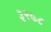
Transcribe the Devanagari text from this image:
३२७८